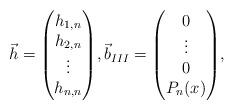
LaTeX: \begin{gather*}\vec{h}=\begin{pmatrix}h_{1,n}\\ h_{2,n}\\ \vdots\\ h_{n,n}\end{pmatrix}\!,\vec{b}_{III}=\begin{pmatrix}0\\ \vdots\\ 0\\ P_n(x)\end{pmatrix}\!,\end{gather*}